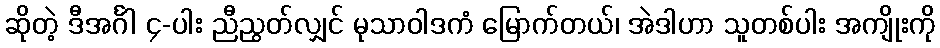
ဆိုတဲ့ ဒီအင်္ဂါ ၄-ပါး ညီညွတ်လျှင် မုသာဝါဒကံ မြောက်တယ်၊ အဲဒါဟာ သူတစ်ပါး အကျိုးကို